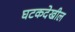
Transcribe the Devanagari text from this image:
घटकदेखील